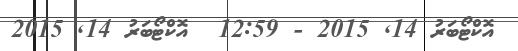
އޮކްޓޯބަރު 14